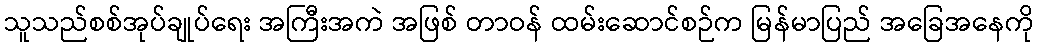
သူသည်စစ်အုပ်ချုပ်ရေး အကြီးအကဲ အဖြစ် တာဝန် ထမ်းဆောင်စဉ်က မြန်မာပြည် အခြေအနေကို